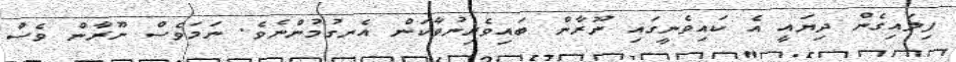
ފިލައިގެން ދިޔައީ އެ ކައިވެނީގައި ނޫރާން ބައިވެރިނުވާކަން އެނގުމުންނެވެ. ނަމަވެސް ނޫރާން ވެސް